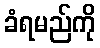
ခံရမည်ကို